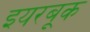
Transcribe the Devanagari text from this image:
इयरबूक